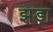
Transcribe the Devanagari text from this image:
झड़ा